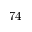
7 4